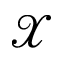
\mathcal { X }